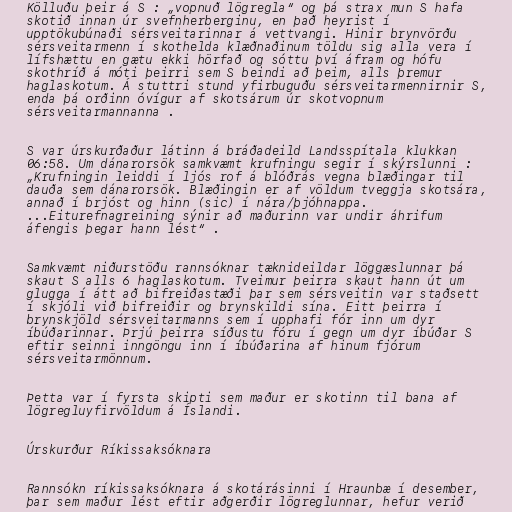
Kölluðu þeir á S : „vopnuð lögregla“ og þá strax mun S hafa
skotið innan úr svefnherberginu, en það heyrist í
upptökubúnaði sérsveitarinnar á vettvangi. Hinir brynvörðu
sérsveitarmenn í skothelda klæðnaðinum töldu sig alla vera í
lífshættu en gætu ekki hörfað og sóttu því áfram og hófu
skothríð á móti þeirri sem S beindi að þeim, alls þremur
haglaskotum. Á stuttri stund yfirbuguðu sérsveitarmennirnir S,
enda þá orðinn óvígur af skotsárum úr skotvopnum
sérsveitarmannanna .

S var úrskurðaður látinn á bráðadeild Landsspítala klukkan
06:58. Um dánarorsök samkvæmt krufningu segir í skýrslunni :
„Krufningin leiddi í ljós rof á blóðrás vegna blæðingar til
dauða sem dánarorsök. Blæðingin er af völdum tveggja skotsára,
annað í brjóst og hinn (sic) í nára/þjóhnappa.
...Eiturefnagreining sýnir að maðurinn var undir áhrifum
áfengis þegar hann lést“ .

Samkvæmt niðurstöðu rannsóknar tæknideildar löggæslunnar þá
skaut S alls 6 haglaskotum. Tveimur þeirra skaut hann út um
glugga í átt að bifreiðastæði þar sem sérsveitin var staðsett
í skjóli við bifreiðir og brynskildi sína. Eitt þeirra í
brynskjöld sérsveitarmanns sem í upphafi fór inn um dyr
íbúðarinnar. Þrjú þeirra síðustu fóru í gegn um dyr íbúðar S
eftir seinni inngöngu inn í íbúðarina af hinum fjórum
sérsveitarmönnum.

Þetta var í fyrsta skipti sem maður er skotinn til bana af
lögregluyfirvöldum á Íslandi.

Úrskurður Ríkissaksóknara

Rannsókn ríkissaksóknara á skotárásinni í Hraunbæ í desember,
þar sem maður lést eftir aðgerðir lögreglunnar, hefur verið